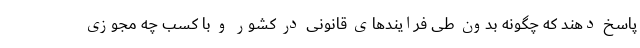
پاسخ دهند که چگونه بدون طی فرایندهای قانونی در کشور و با کسب چه مجوزی